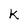
Character: k